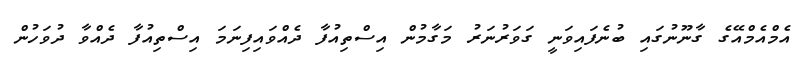
އެމްއެމްއޭގެ ގާނޫނުގައި ބުނެފައިވަނީ ގަވަރުނަރު މަގާމުން އިސްތިއުފާ ދެއްވައިފިނަމަ އިސްތިއުފާ ދެއްވާ ދުވަހުން